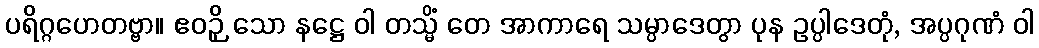
ပရိဂ္ဂဟေတဗ္ဗာ။ ဧဝဉှိ သော နဋ္ဌေ ဝါ တသ္မိံ တေ အာကာရေ သမ္ပာဒေတွာ ပုန ဥပ္ပါဒေတုံ, အပ္ပဂုဏံ ဝါ